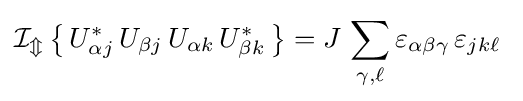
\operatorname {\mathcal {I_{m}}} \left\{\,U_{\alpha j}^{*}\,U_{\beta j}\,U_{\alpha k}\,U_{\beta k}^{*}\,\right\}=J\,\sum _{\gamma ,\ell }\varepsilon _{\alpha \beta \gamma }\,\varepsilon _{jk\ell }~